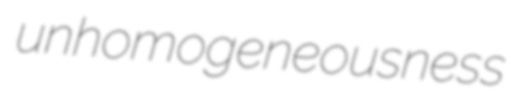
unhomogeneousness